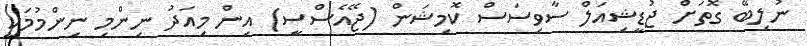
ނުލިބޭ ގޮތަށް ޖުޑީޝިއަލް ސާވިސަސް ކޮމިޝަން (ޖޭއެސްސީ) އިން މިއަދު ނިންމި ނިންމުމަކީ